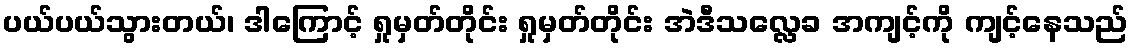
ပယ်ပယ်သွားတယ်၊ ဒါကြောင့် ရှုမှတ်တိုင်း ရှုမှတ်တိုင်း အဲဒီသလ္လေခ အကျင့်ကို ကျင့်နေသည်